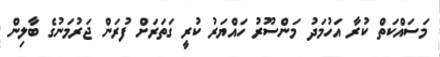
މަސައްކަތް ކުރާ އަހުމަދު މަންސޫރު ހައްޔަރު ކުރީ ގަތަރަށް ފުރަން ޖަރުމަނުގެ ބާލިން